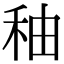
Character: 秞